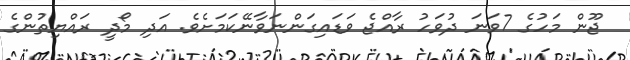
ޖޫން މަހުގެ 7ވަނަ ދުވަހު ރާއްޖެ ވަޑައިގަންނަވާނޭކަމަށެވެ. އަދި މޯދީ ރައްޔިތުންގެ